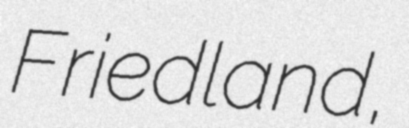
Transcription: Friedland,